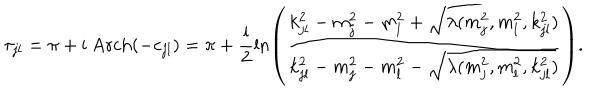
LaTeX: \tau _ { j l } = \pi + \mathrm { i } \; \mathrm { A r c h } ( - c _ { j l } ) = \pi + \frac { \mathrm { i } } { 2 } \ln \left( \frac { k _ { j l } ^ { 2 } - m _ { j } ^ { 2 } - m _ { l } ^ { 2 } + \sqrt { \lambda ( m _ { j } ^ { 2 } , m _ { l } ^ { 2 } , k _ { j l } ^ { 2 } ) } } { k _ { j l } ^ { 2 } - m _ { j } ^ { 2 } - m _ { l } ^ { 2 } - \sqrt { \lambda ( m _ { j } ^ { 2 } , m _ { l } ^ { 2 } , k _ { j l } ^ { 2 } ) } } \right) .